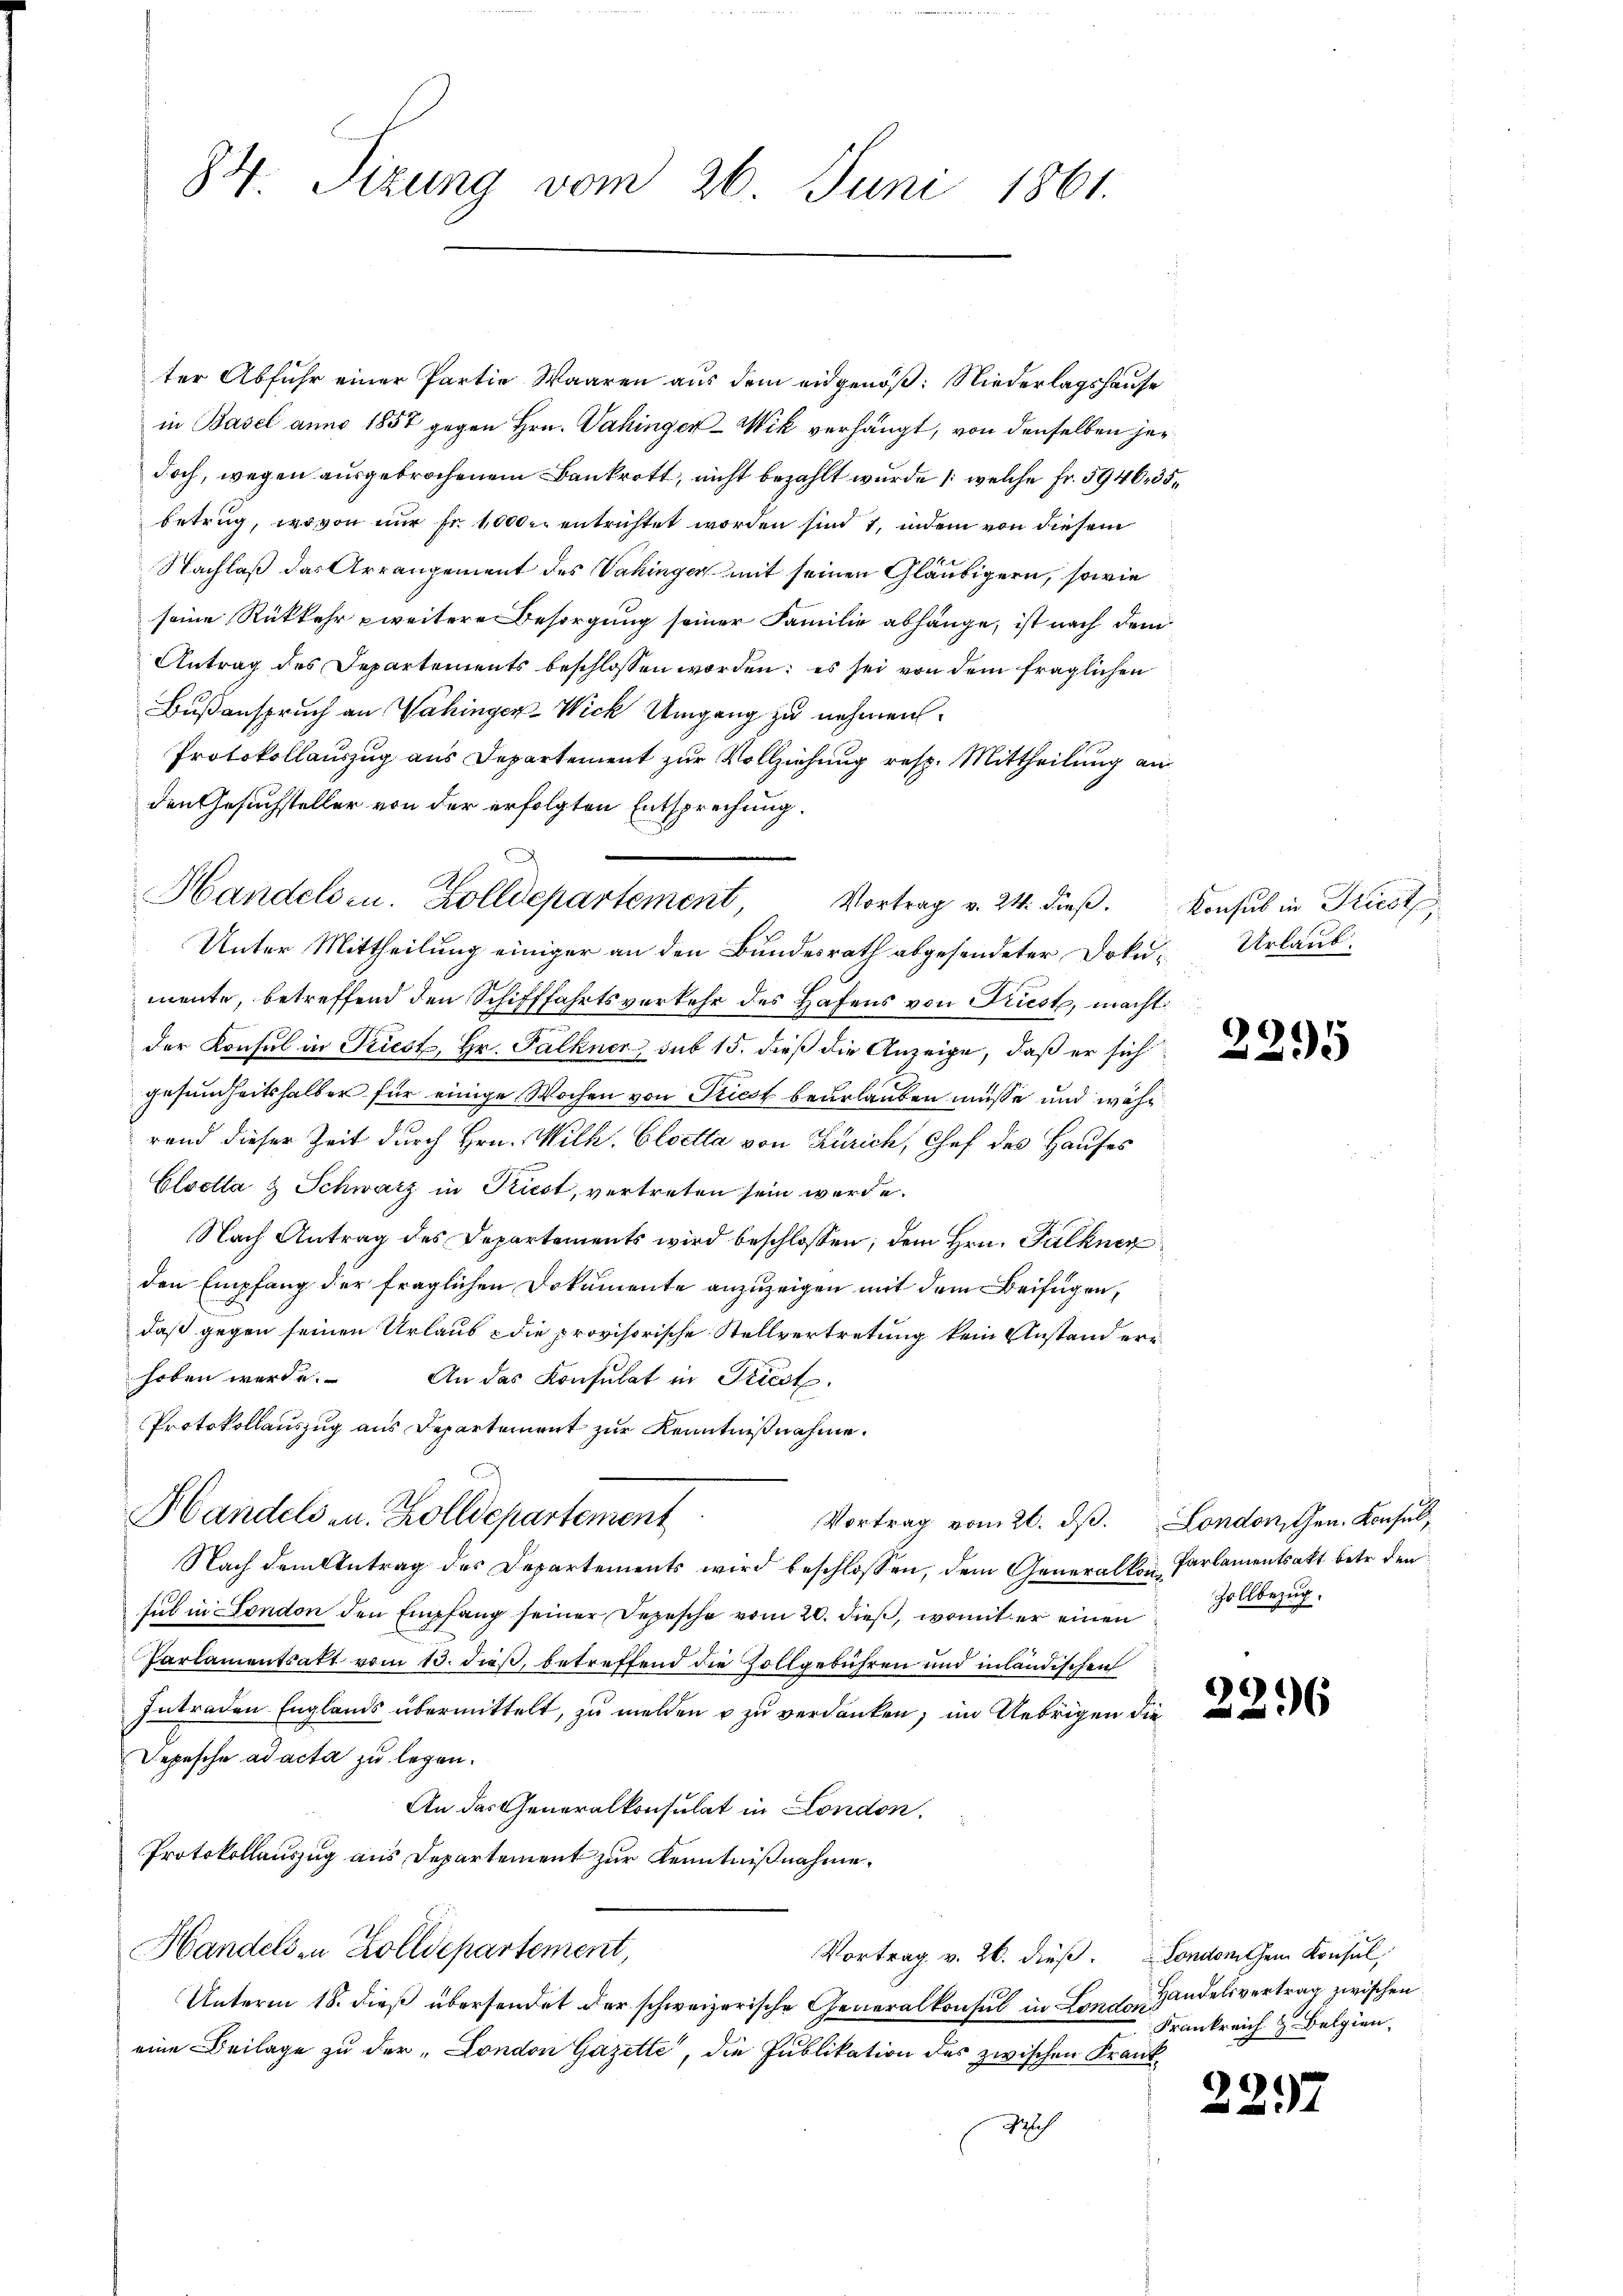
84. Sizung vom 26. Juni 1861.

ter Abfuhr einer Partie Waaren aus dem eidgenöß: Niederlagshause
in Basel anno 1857 gegen Hrn. Dahinger-Wik verhängt, von denselben her
doch, wegen ausgebrochenem Bankrott, nicht bezahlt wurde (welche Fr. 594635,
betrug, wovon nur fr. 1000 r. entrichtet worden sind 1, indem von diesem
Nachlaß das Arrangement des Vakinger mit seinen Gläubigern, sowie
seine Rükkehr zweitere Besorgung seiner Familie abhänge, ist nach dem
Antrag des Departements beschlossen worden; es sei von dem fraglichen
Bußanspruch an Wahinger-Wick Umgang zu nehmen.
Protokollauszug aus Departement zur Vollziehung resp. Mittheilung an
den Gesuchsteller von der erfolgten Entsprechung.
Unter Mittheilung einiger an den Bundesrath abgesendeter Doku- Urlaub-
mente, betreffend den Schifffahrtsverkehr des Hafens von Triest, macht
der Konsul in Priest, Hr. Falkner, sub 15. dieß die Anzeige, daß er sich
gesundheitshalber für einige Wochen von Priest beurlauben müsse und währ
rand dieser Zeit durch Hrn. Wilh. Cloetta von Zürich, Chef des Hauses
Elsotta & Schwarz in Kiest, vertreten sein werde.
Nach Antrag des Departements wird beschloßen, dem Hrn. Falkner
den Empfang der fraglichen Dokumente anzuzeigen mit dem Beifügen,
daß gegen seinen Urlaus die provisorische Stellvertretung kein Anstand erhoben werde.
An das Konsulat in Triest.
Protokollauszug aus Departement zur Kenntnißnahme.
Handelsen. Zolldepartement
Vortrag vom 26. dβ. London, Gen. Konsul,
Nach dem Antrag des Departements wird beschlossen, dem Generalkon Parlamentsakt betr. den
sul in Fondon den Empfang seiner Depesche vom 20. dieß, womit er einen
Parlamentsatt vom 13. dieß, betreffend die Zollgebühren und inländischen
Intraden Englands übermittelt, zu melden u zu verdanken; im Uebrigen die
Depesche ad acta zu legen.
An das Generalkonsulat in London.
Protokollauszug aus Departement zur Kenntnißnahme.
Handels in Zolldepartement,
Vortrag v. 26. dieß Londonischen Konsul,
Unterm 18. dieß übersendet der schweizerische Generalkonsul in London
eine Beilage zu der „London Gazette, die Publikation des zwischen Krank¬
Ichlech

Handelsen. Zolldepartement, Vortrag v. 24. dieβ. Konsul in Triest,

2295

.

225

Zollbezug.

6

Handelsvertrag zwischen
Frankreich z. Belgien,